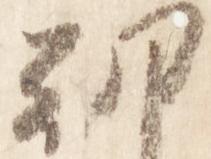
朝